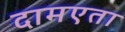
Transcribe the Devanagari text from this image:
दामएता